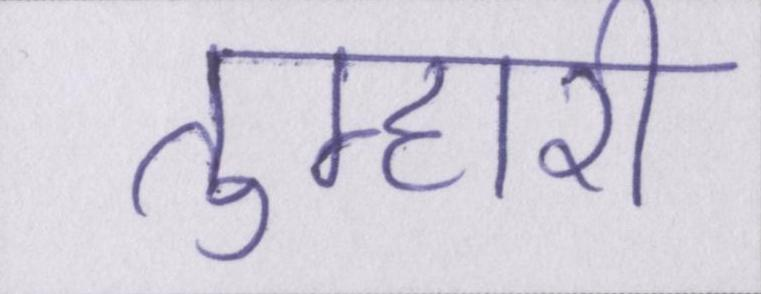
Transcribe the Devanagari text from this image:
तुम्हारी